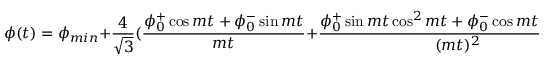
\phi ( t ) = \phi _ { m i n } + \frac { 4 } { \sqrt { 3 } } ( \frac { \phi _ { 0 } ^ { + } \cos { m t } + \phi _ { 0 } ^ { - } \sin { m t } } { m t } + \frac { \phi _ { 0 } ^ { + } \sin { m t } \cos ^ { 2 } { m t } + \phi _ { 0 } ^ { - } \cos { m t } \sin ^ { 2 } { m t } } { ( m t ) ^ { 2 } } ) + O ( ( \frac { H } { m } ) ^ { 3 } )